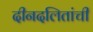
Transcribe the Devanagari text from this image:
दीनदलितांची